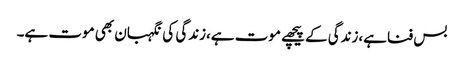
بس فناہے،زندگی کے پیچھے موت ہے،زندگی کی نگہبان بھی موت ہے۔